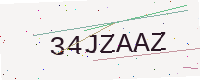
Text: 34JZAAZ